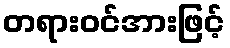
တရားဝင်အားဖြင့်